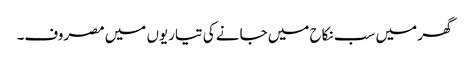
گھر میں سب نکاح میں جانے کی تیاریوں میں مصروف۔